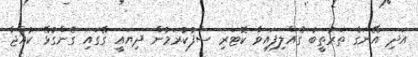
އަދި އޭނަގެ ތަރުތީބު ގެއްލިފައިވާ ކޮޓަރި ސާފުކުރަމުން ދިޔައީ ގޭގައި ގެންގުޅޭ ކުއްޖާ